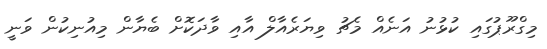
މިގްރޫޕުގައި ކުޅުނު އަނެއް މެޗު ވިޔަރެއާލް އާއި ވާދަކޮށް ބެޔާން މިއުނިކުން ވަނީ